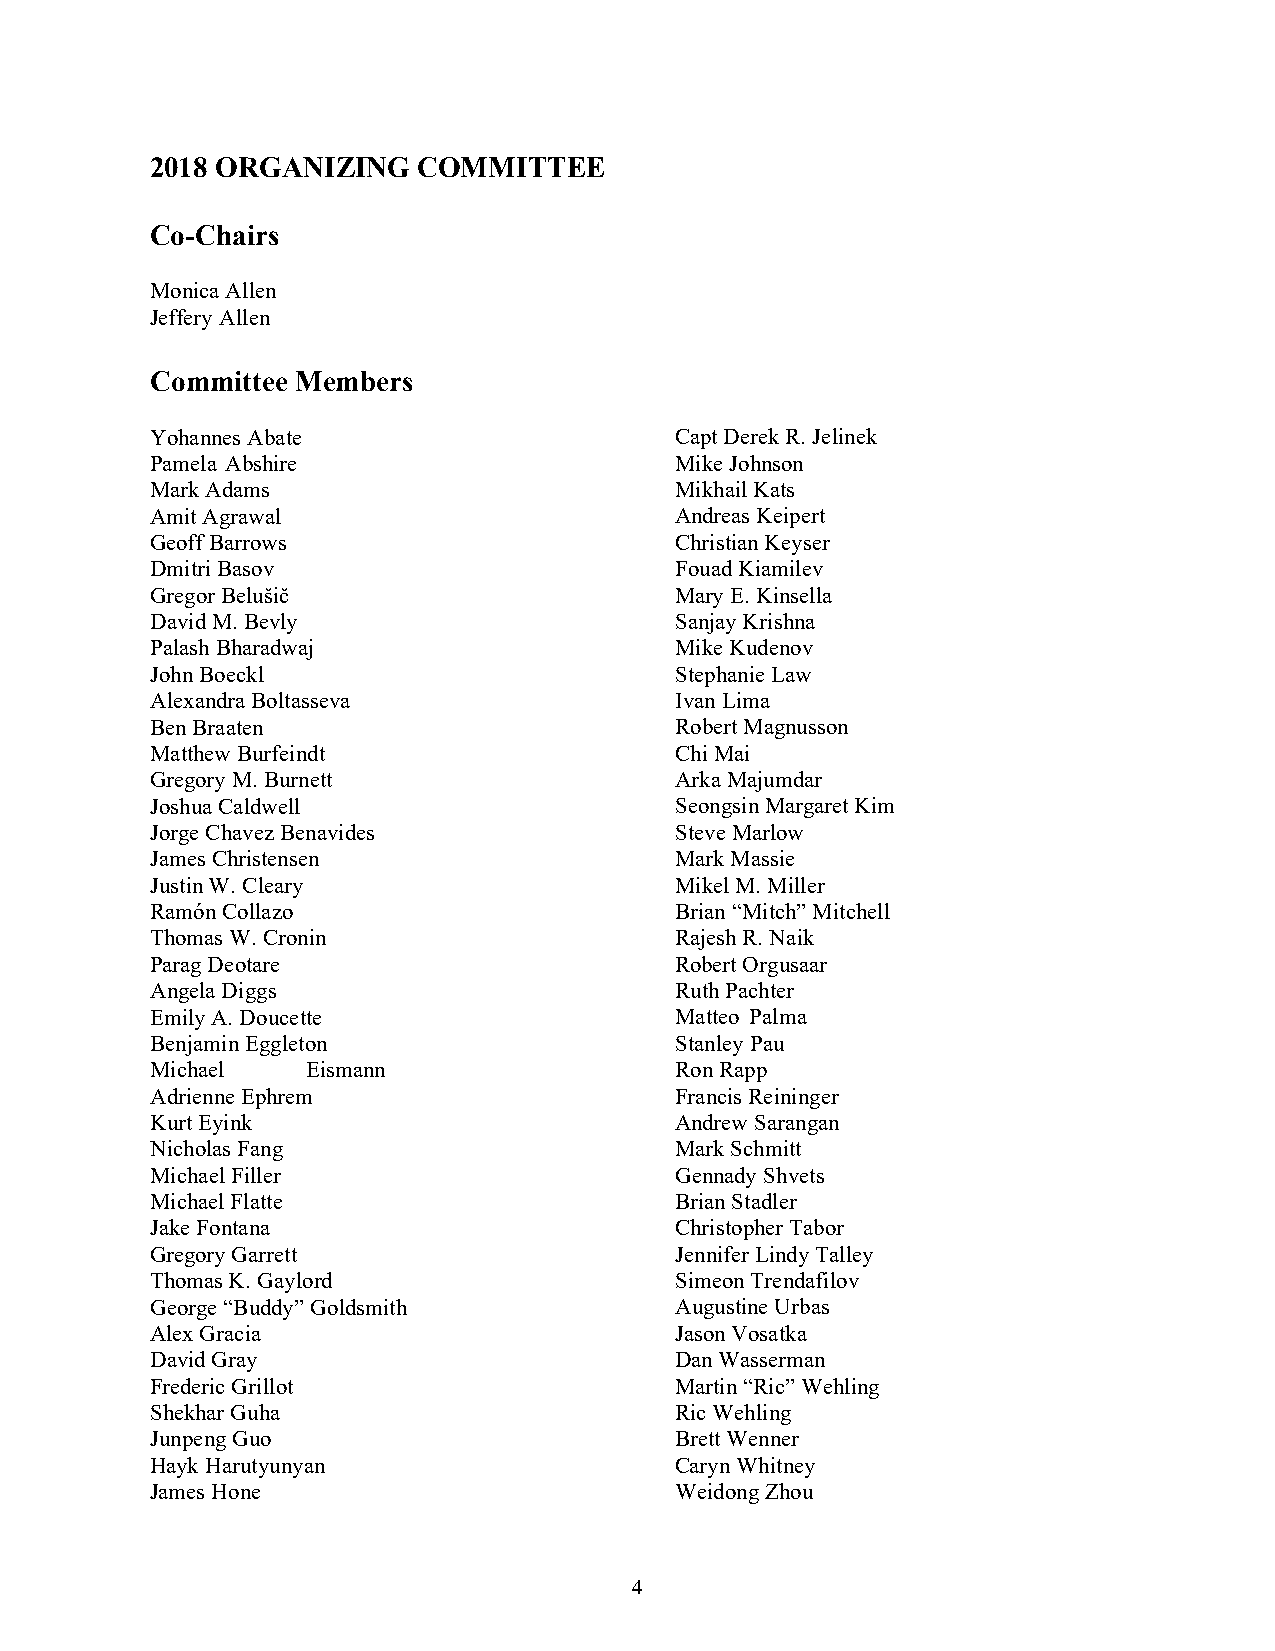
2018 ORGANIZING   COMMITTEE
 Co-Chairs
 Monica Allen
 Jeffery Allen
 Committee Members
 Yohannes Abate                     Capt Derek R. Jelinek
 Pamela Abshire                     Mike Johnson
 Mark Adams                         Mikhail Kats
 Amit Agrawal                       Andreas Keipert
 Geoff Barrows                      Christian Keyser
 Dmitri Basov                       Fouad Kiamilev
 Gregor Belušič                     Mary E. Kinsella
 David M. Bevly                     Sanjay Krishna
 Palash Bharadwaj                   Mike Kudenov
 John Boeckl                        Stephanie Law
 Alexandra Boltasseva               Ivan Lima
 Ben Braaten                        Robert Magnusson
 Matthew Burfeindt                  Chi Mai
 Gregory M. Burnett                 Arka Majumdar
 Joshua Caldwell                    Seongsin Margaret Kim
 Jorge Chavez Benavides             Steve Marlow
 James Christensen                  Mark Massie
 Justin W. Cleary                   Mikel M. Miller
 Ramón Collazo                      Brian “Mitch” Mitchell
 Thomas W. Cronin                   Rajesh R. Naik
 Parag Deotare                      Robert Orgusaar
 Angela Diggs                       Ruth Pachter
 Emily A. Doucette                  Matteo Palma
 Benjamin Eggleton                  Stanley Pau
 Michael   Eismann                  Ron Rapp
 Adrienne Ephrem                    Francis Reininger
 Kurt Eyink                         Andrew Sarangan
 Nicholas Fang                      Mark Schmitt
 Michael Filler                     Gennady Shvets
 Michael Flatte                     Brian Stadler
 Jake Fontana                       Christopher Tabor
 Gregory Garrett                    Jennifer Lindy Talley
 Thomas K. Gaylord                  Simeon Trendafilov
 George “Buddy” Goldsmith           Augustine Urbas
 Alex Gracia                        Jason Vosatka
 David Gray                         Dan Wasserman
 Frederic Grillot                   Martin “Ric” Wehling
 Shekhar Guha                       Ric Wehling
 Junpeng Guo                        Brett Wenner
 Hayk Harutyunyan                   Caryn Whitney
 James Hone                         Weidong Zhou
 4